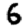
Digit: 6